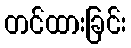
တင်ထားခြင်း